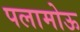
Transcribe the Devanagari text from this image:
पलामोऊ